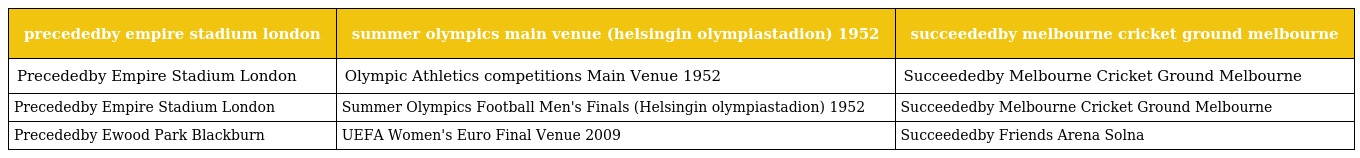
| precededby empire stadium london | summer olympics main venue (helsingin olympiastadion) 1952 | succeededby melbourne cricket ground melbourne |
 | --- | --- | --- |
 | Precededby Empire Stadium London | Olympic Athletics competitions Main Venue 1952 | Succeededby Melbourne Cricket Ground Melbourne |
 | Precededby Empire Stadium London | Summer Olympics Football Men's Finals (Helsingin olympiastadion) 1952 | Succeededby Melbourne Cricket Ground Melbourne |
 | Precededby Ewood Park Blackburn | UEFA Women's Euro Final Venue 2009 | Succeededby Friends Arena Solna |